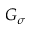
G _ { \sigma }